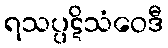
ရသပ္ပဋိသံဝေဒီ